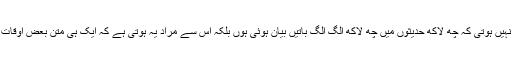
جہاں تک کثرت حدیث کا سوال ہے اس سے مراد یہ نہیں ہوتی کہ چھ لاکھ حدیثوں میں چھ لاکھ الگ الگ باتیں بیان ہوئی ہوں بلکہ اس سے مراد یہ ہوتی ہے کہ ایک ہی متن بعض اوقات درجنوں بلکہ سیکڑوں طریقوں سے بیان ہوا ہوتا ہے۔